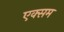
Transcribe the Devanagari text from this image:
एक्सम